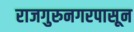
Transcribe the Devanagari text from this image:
राजगुरुनगरपासून